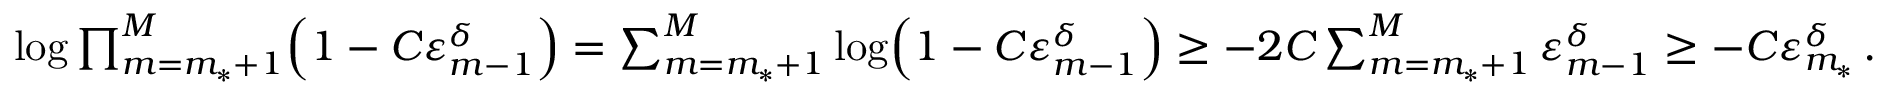
\begin{array} { r } { \log \prod _ { m = m _ { * } + 1 } ^ { M } \Bigl ( 1 - C \varepsilon _ { m - 1 } ^ { \delta } \Bigr ) = \sum _ { m = m _ { * } + 1 } ^ { M } \log \Bigl ( 1 - C \varepsilon _ { m - 1 } ^ { \delta } \Bigr ) \geq - 2 C \sum _ { m = m _ { * } + 1 } ^ { M } \varepsilon _ { m - 1 } ^ { \delta } \geq - C \varepsilon _ { m _ { * } } ^ { \delta } \, . } \end{array}